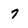
Character: 7